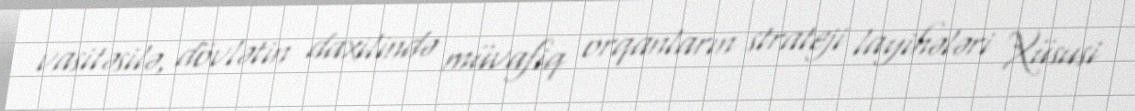
vasitəsilə, dövlətin daxilində müvafiq orqanların strateji layihələri Xüsusi